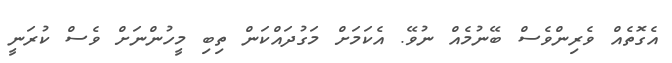
އެގޮތެއް ވެރިންވެސް ބޭނުމެއް ނުވޭ. އެކަމަށް މަގުދައްކަން ތިބި މީހުންނަށް ވެސް ކުރަނީ